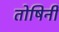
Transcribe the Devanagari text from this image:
तोषिनी